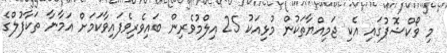
މި ވޯކްޝޮޕުގައި އެކި ޖަމިއްޔާތަކުން މުޅިއަކު 25 އިލްމުވެރިން ބައިވެރިވެފައިވާކަމަށް އަމާނާ ތަކާފުލްގެ